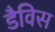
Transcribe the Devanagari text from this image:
डैविस